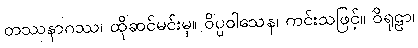
တဿနာဂဿ၊ ထိုဆင်မင်းမှ။ ဝိပ္ပဝါသေန၊ ကင်းသဖြင့်။ ဝိရုဠာ၊